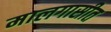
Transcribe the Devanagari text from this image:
मालगासीत